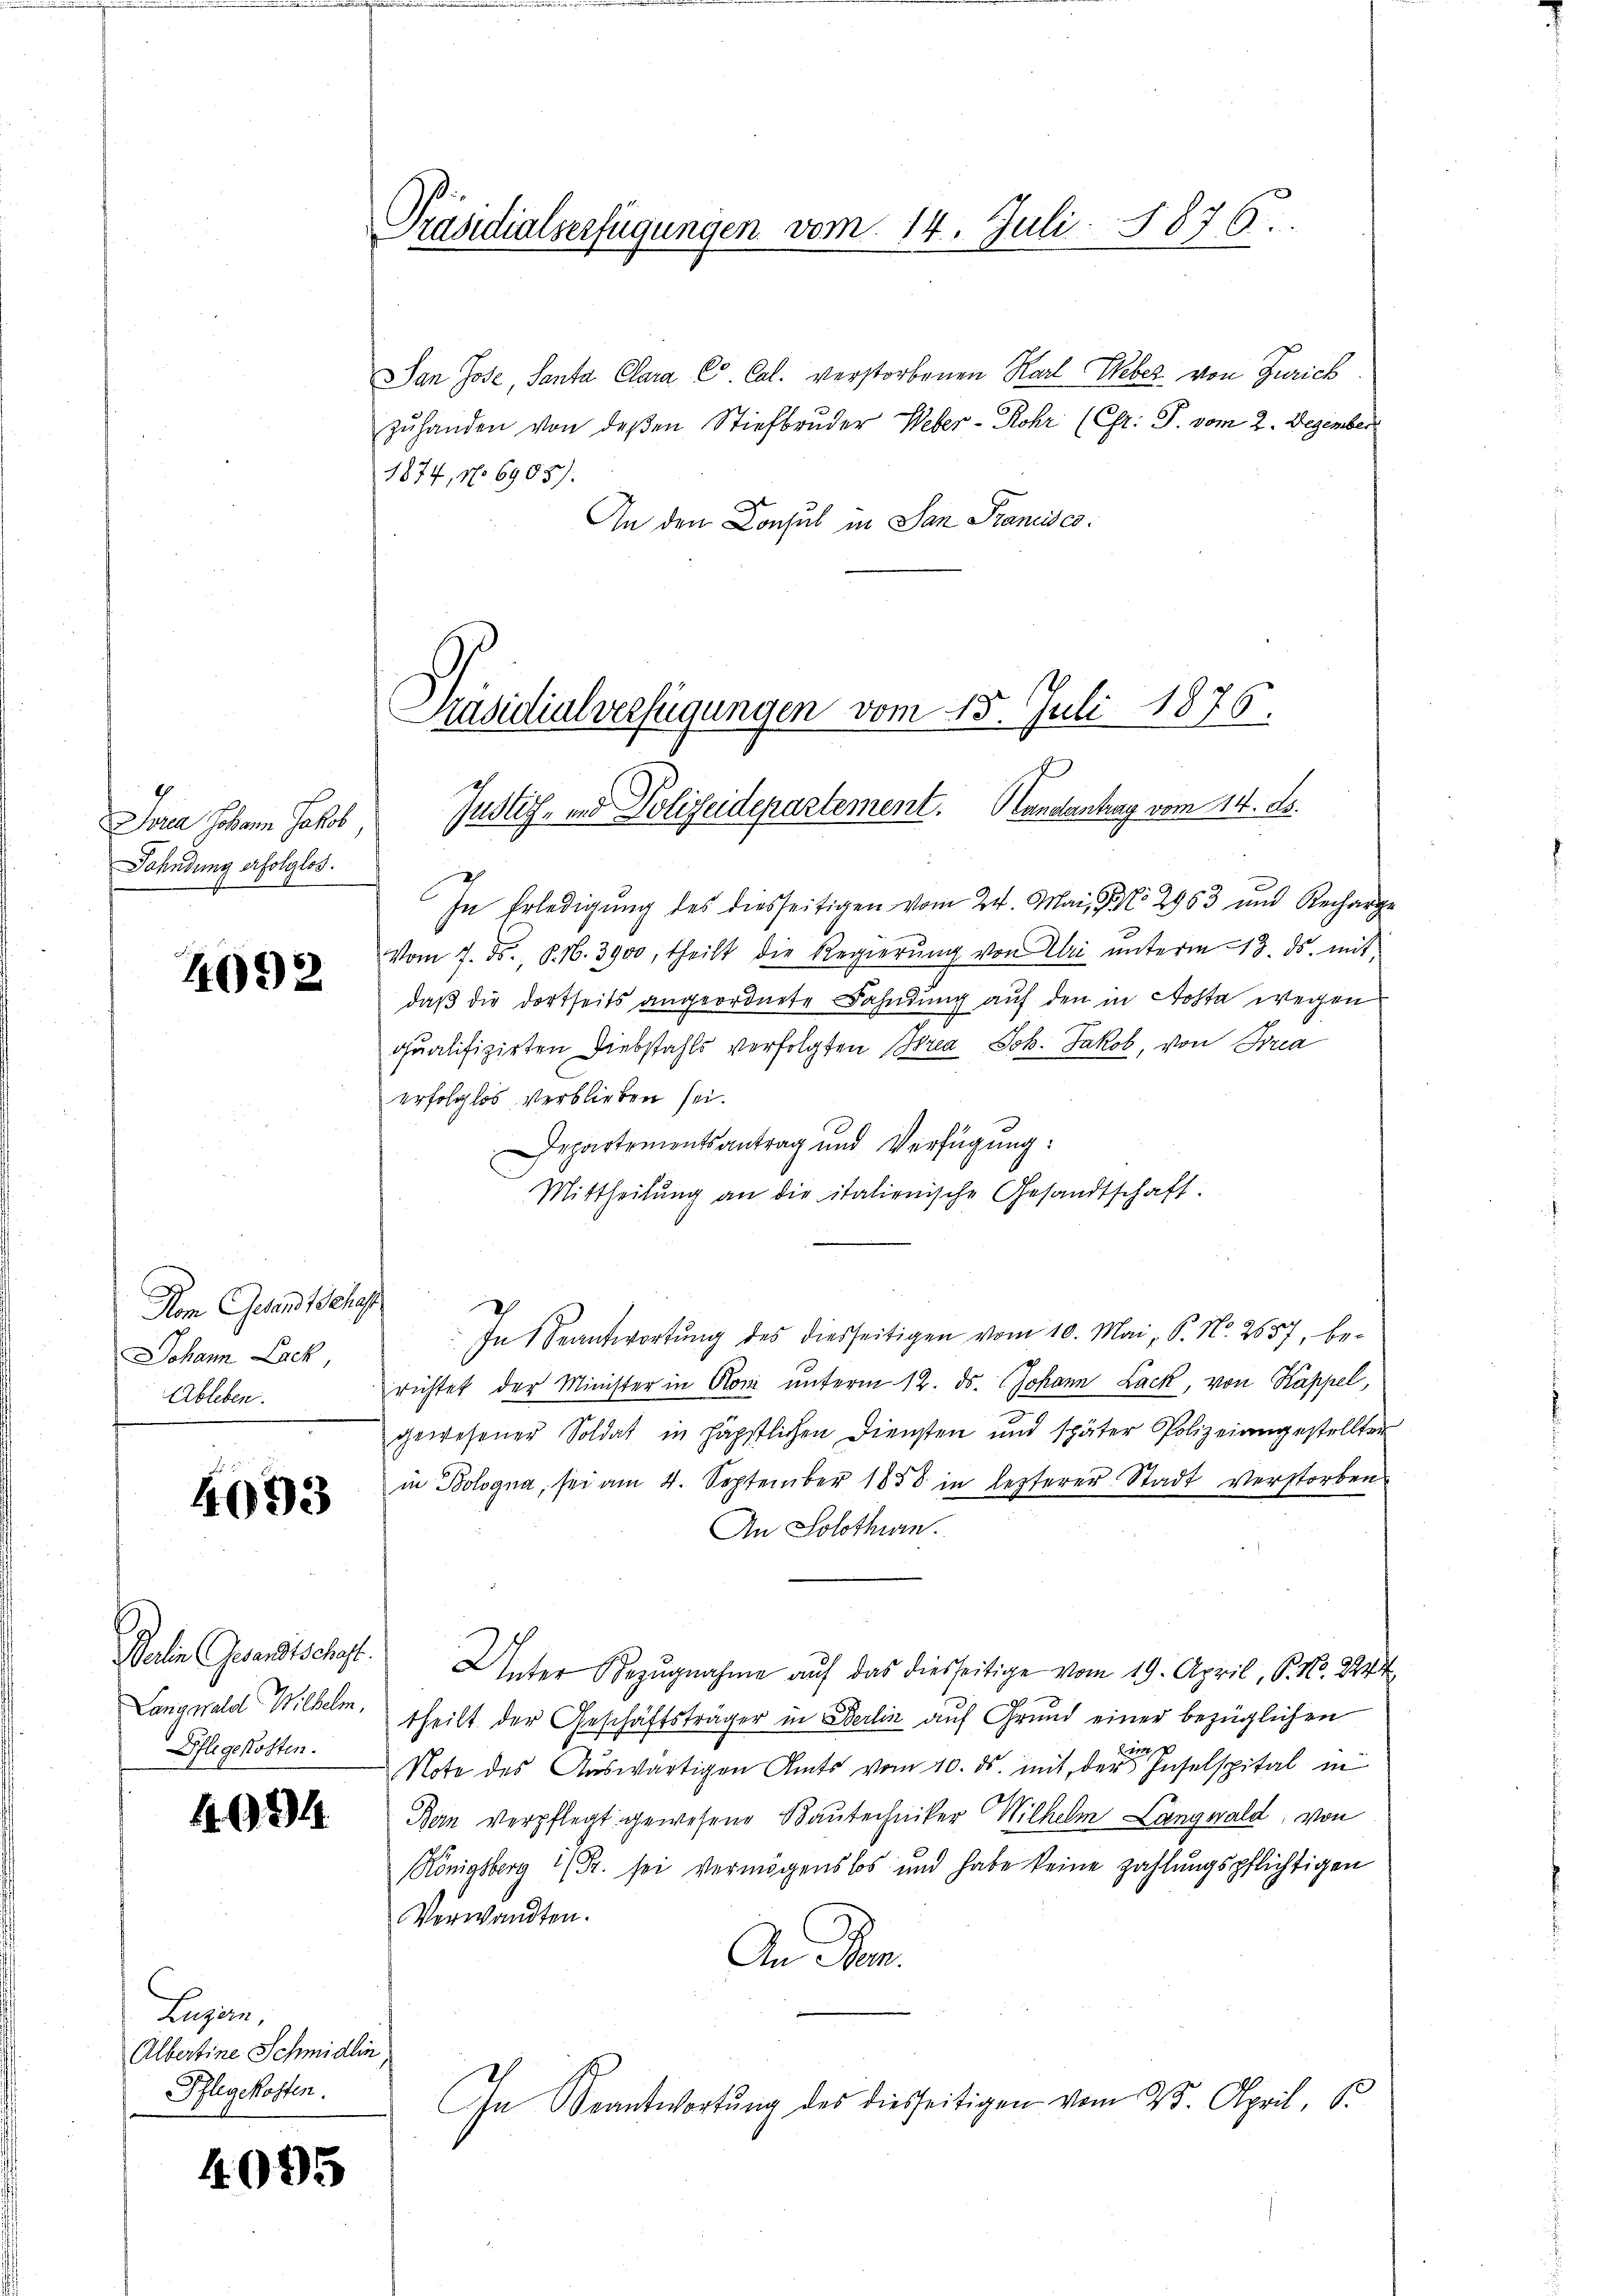
Jora Johann Jakob
Fahndung erfolglos.

4092

Vom Gesand Schaf
Johann Lack,
Ableben.

4093

Langwald Wilhelm,
Pflegekosten.

402

Papier,
Albertine Schmidlin,
Pflegekosten.

4095

Präsidialverfügungen vom 14. Juli 1876.

Jan Jose, Santa Clara C. Cal. verstorbenen Karl Weber von Zürich
zŭhanden von deßen Stiefbruder Weber-Rohr (Chr: P. vom 2. Dezember
1874, No 6905).
An den Consul in San Stanisc

Präsidialverfügungen vom 15. Juli 1876.

Justiz- und Polizeidepartement. Handantrag vom 14. ds.
In Erledigung des diesseitigen vom 24. Mai, P. Nr. 2963 und Recharge
Vom 7. ds., S. 16. 3900, theilt die Regierŭng von Uri ŭnterm 13. ds. mit
daß die dortseits angeordnete Bahndung auf den in Aosta wegen
qualifizirten Diebstahls verfolgten Brea Joh. Jakob, von Fra
erfolglos verblieben sei.
Departementsantrag und Verfügung:
Mittheilung an die italienische Gesandtschaft.
In Beantwortung des diesseitigen vom 10. Mai, S. No. 2657, berichtet der Minister in Ron ŭnterm 12. ds. Johann Lack, von Kappel,
gewesener Soldat in päpstlichen Diensten und später Polizeiangestellten
in Bologna, sei am 4. September 1858 in lezterer Stadt verstorben
An Solothurn.
Balin Gesandtschaft. Unter Bezugnahme auf das diesseitige vom 19. April, P. Nr. 2244
theilt der Geschäftsträger in Berlin auf Grund einer bezüglichen
i
Note des Auswärtigen Amts vom 10. ds. mit der Inselspital in
Ben Verpflegt gewesene Bautechniker Wilhelm Längwald, von
Königsberg 1 Fr. sei vermögenslos und habe keine zahlungspflichtigen
Verwandten.
An Mon.
In Beantwortung des diesseitigen vom 25. April, St